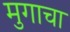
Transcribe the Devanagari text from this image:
मुगाचा